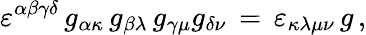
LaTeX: \varepsilon^{\alpha\beta\gamma\delta}\, g_{\alpha\kappa}\, g_{\beta\lambda}\, g_{\gamma\mu}g_{\delta\nu}\, =\, \varepsilon_{\kappa\lambda\mu\nu}\, g\, ,